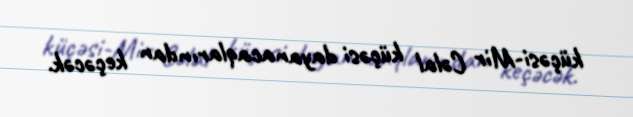
küçəsi-Mir Cəlal küçəsi dayanacaqlarından keçəcək.